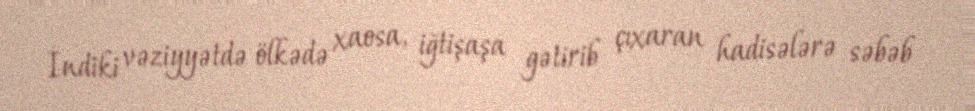
İndiki vəziyyətdə ölkədə xaosa, iğtişaşa gətirib çıxaran hadisələrə səbəb